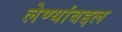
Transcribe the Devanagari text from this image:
लेण्यांबद्दल